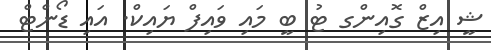
ޝީ އިޒް ގޮއިންގ ޓު ބީ މައި ވައިފް ޔައިކް. އައި ޑޯންޓް